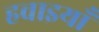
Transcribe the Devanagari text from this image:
हवाइयाँ